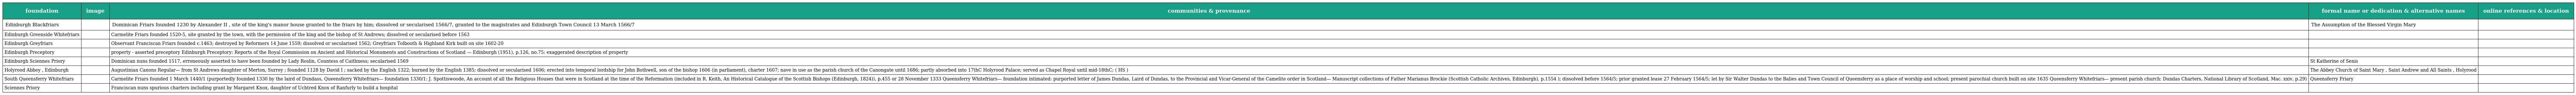
| foundation | image | communities & provenance | formal name or dedication & alternative names | online references & location |
 | --- | --- | --- | --- | --- |
 | Edinburgh Blackfriars |  | Dominican Friars founded 1230 by Alexander II , site of the king's manor house granted to the friars by him; dissolved or secularised 1566/7, granted to the magistrates and Edinburgh Town Council 13 March 1566/7 | The Assumption of the Blessed Virgin Mary |  |
 | Edinburgh Greenside Whitefriars |  | Carmelite Friars founded 1520-5, site granted by the town, with the permission of the king and the bishop of St Andrews; dissolved or secularised before 1563 |  |  |
 | Edinburgh Greyfriars |  | Observant Franciscan Friars founded c.1463; destroyed by Reformers 14 June 1559; dissolved or secularised 1562; Greyfriars Tolbooth & Highland Kirk built on site 1602-20 |  |  |
 | Edinburgh Preceptory |  | property - asserted preceptory Edinburgh Preceptory: Reports of the Royal Commission on Ancient and Historical Monuments and Constructions of Scotland — Edinburgh (1951), p.126, no.75: exaggerated description of property |  |  |
 | Edinburgh Sciennes Priory |  | Dominican nuns founded 1517, erroneously asserted to have been founded by Lady Roslin, Countess of Caithness; secularised 1569 | St Katherine of Senis |  |
 | Holyrood Abbey , Edinburgh |  | Augustinian Canons Regular— from St Andrews daughter of Merton, Surrey ; founded 1128 by David I ; sacked by the English 1322; burned by the English 1385; dissolved or secularised 1606; erected into temporal lordship for John Bothwell, son of the bishop 1606 (in parliament), charter 1607; nave in use as the parish church of the Canongate until 1686; partly absorbed into 17thC Holyrood Palace; served as Chapel Royal until mid-18thC; ( HS ) | The Abbey Church of Saint Mary , Saint Andrew and All Saints , Holyrood |  |
 | South Queensferry Whitefriars |  | Carmelite Friars founded 1 March 1440/1 (purportedly founded 1330 by the laird of Dundass, Queensferry Whitefriars— foundation 1330/1: J. Spottiswoode, An account of all the Religious Houses that were in Scotland at the time of the Reformation (included in R. Keith, An Historical Catalogue of the Scottish Bishops (Edinburgh, 1824)), p.455 or 28 November 1333 Queensferry Whitefriars— foundation intimated: purported letter of James Dundas, Laird of Dundas, to the Provincial and Vicar-General of the Camelite order in Scotland— Manuscript collections of Father Marianus Brockie (Scottish Catholic Archives, Edinburgh), p.1554 ); dissolved before 1564/5; prior granted lease 27 February 1564/5; let by Sir Walter Dundas to the Balies and Town Council of Queensferry as a place of worship and school; present parochial church built on site 1635 Queensferry Whitefriars— present parish church: Dundas Charters, National Library of Scotland, Mac. xxiv, p.29) | Queensferry Friary |  |
 | Sciennes Priory |  | Franciscan nuns spurious charters including grant by Margaret Knox, daughter of Uchtred Knox of Ranfurly to build a hospital |  |  |